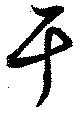
干